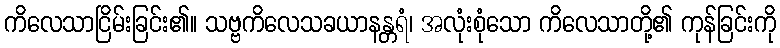
ကိလေသာငြိမ်းခြင်း၏။ သဗ္ဗကိလေသခယာနန္တရံ၊ အလုံးစုံသော ကိလေသာတို့၏ ကုန်ခြင်းကို